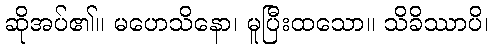
ဆိုအပ်၏။ မဟေသိနော၊ မူပြီးထသော။ သိခိဿာပိ၊